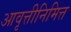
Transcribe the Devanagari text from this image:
आवृत्तीनिमित्त